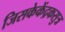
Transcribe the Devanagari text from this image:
जिसकेकेंद्रकसुत्र